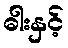
ဓါးနှင့်